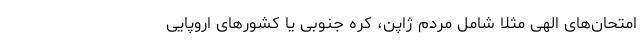
امتحان‌های الهی مثلا شامل مردم ژاپن، کره جنوبی یا کشورهای اروپایی